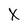
Character: X